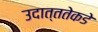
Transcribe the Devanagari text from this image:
उदात्ततेकडे